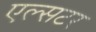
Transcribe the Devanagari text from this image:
एल्सटर